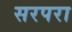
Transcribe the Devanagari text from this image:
सरपरा